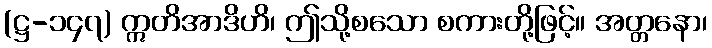
(ဋ္ဌ-၁၄၇) ဣတိအာဒိဟိ၊ ဤသို့စသော စကားတို့ဖြင့်။ အတ္တနော၊